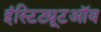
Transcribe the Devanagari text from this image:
इंस्टिट्यूटऑव